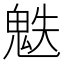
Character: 䰡